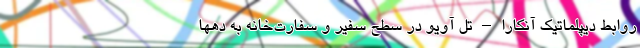
روابط دیپلماتیک آنکارا – تل آویو در سطح سفیر و سفارت‌خانه به دهها